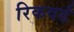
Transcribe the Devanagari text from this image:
रिकवर्ड